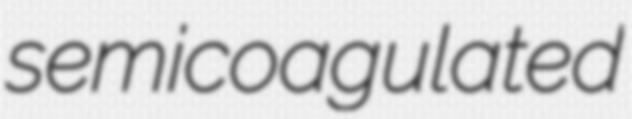
semicoagulated